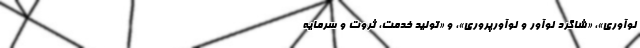
نوآوری»، «شاگرد نوآور و نوآورپروری»، و «تولید خدمت، ثروت و سرمایه